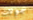
جولات